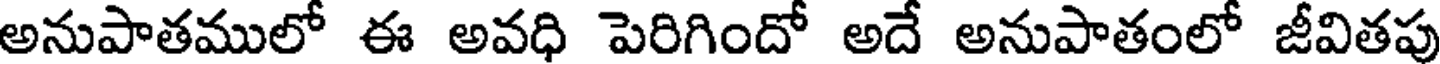
అనుపాతములో ఈ అవధి పెరిగిందో అదే అనుపాతంలో జీవితపు